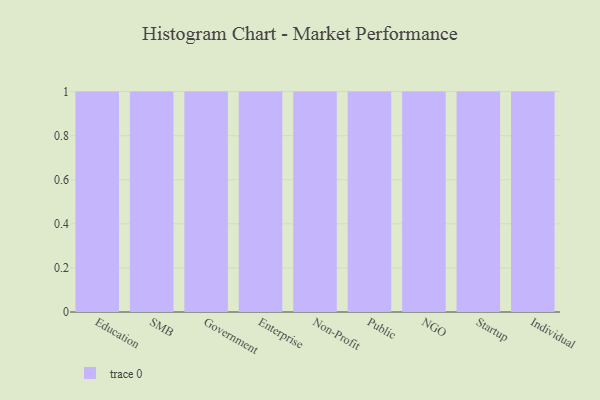
{"axis": {"x": "Segment", "y": "Headcount"}, "legend": [""], "data": [{"x": "Education", "y": 19, "type": ""}, {"x": "SMB", "y": 75, "type": ""}, {"x": "Government", "y": 46, "type": ""}, {"x": "Enterprise", "y": 77, "type": ""}, {"x": "Non-Profit", "y": 62, "type": ""}, {"x": "Public", "y": 5, "type": ""}, {"x": "NGO", "y": 25, "type": ""}, {"x": "Startup", "y": 16, "type": ""}, {"x": "Individual", "y": 8, "type": ""}]}